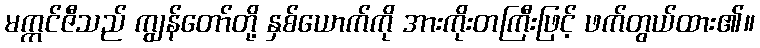
မက္ကင်ဇီသည် ကျွန်တော်တို့ နှစ်ယောက်ကို အားကိုးတကြီးဖြင့် ဖက်တွယ်ထား၏။